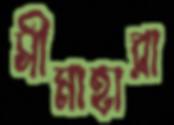
সীমাহারা